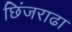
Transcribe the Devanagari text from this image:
छिंजराढा